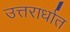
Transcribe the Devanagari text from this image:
उत्तरार्धात